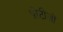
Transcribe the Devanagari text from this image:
प्रोटीज़ों